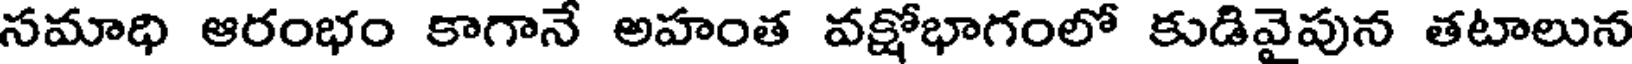
సమాధి ఆరంభం కాగానే అహంత వక్షోభాగంలో కుడివైపున తటాలున